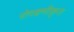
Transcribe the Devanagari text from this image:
रोगक्षमीकृत